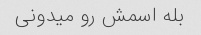
بله اسمش رو میدونی